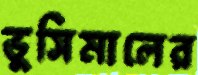
ভুসিমালের